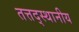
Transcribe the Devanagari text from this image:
तत्तद्स्थानीय